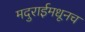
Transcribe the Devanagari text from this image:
मदुराईमधूनच